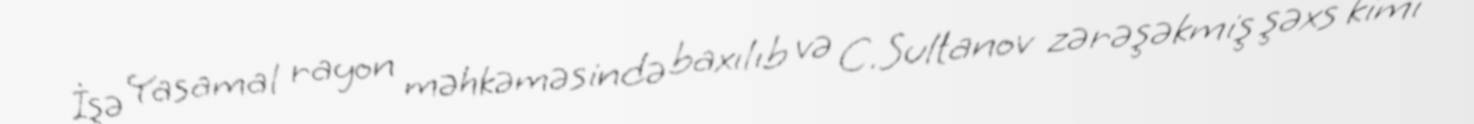
İşə Yasamal rayon məhkəməsində baxılıb və C.Sultanov zərəşəkmiş şəxs kimi